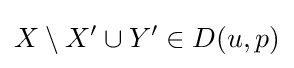
X\setminus X'\cup Y'\in D(u,p)